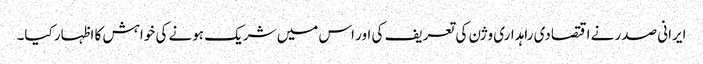
ایرانی صدر نے اقتصادی راہداری وژن کی تعریف کی اور اس میں شریک ہونے کی خواہش کا اظہار کیا۔